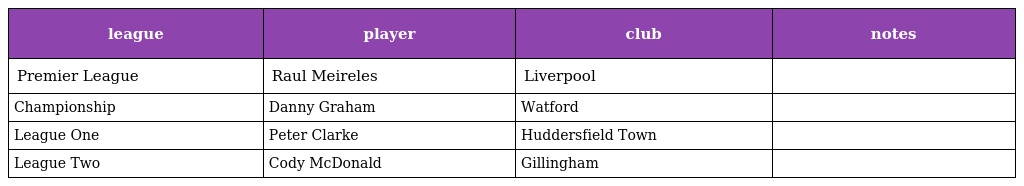
| league | player | club | notes |
 | --- | --- | --- | --- |
 | Premier League | Raul Meireles | Liverpool |  |
 | Championship | Danny Graham | Watford |  |
 | League One | Peter Clarke | Huddersfield Town |  |
 | League Two | Cody McDonald | Gillingham |  |